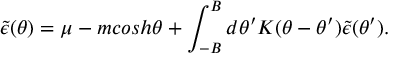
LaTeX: \tilde { \epsilon } ( \theta ) = \mu - m c o s h \theta + \int _ { - B } ^ { B } d \theta ^ { \prime } K ( \theta - \theta ^ { \prime } ) \tilde { \epsilon } ( \theta ^ { \prime } ) .